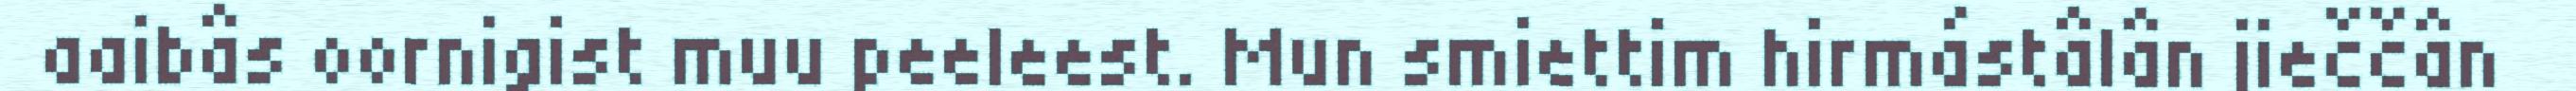
aaibâs oornigist muu peeleest. Mun smiettim hirmástâlân jieččân